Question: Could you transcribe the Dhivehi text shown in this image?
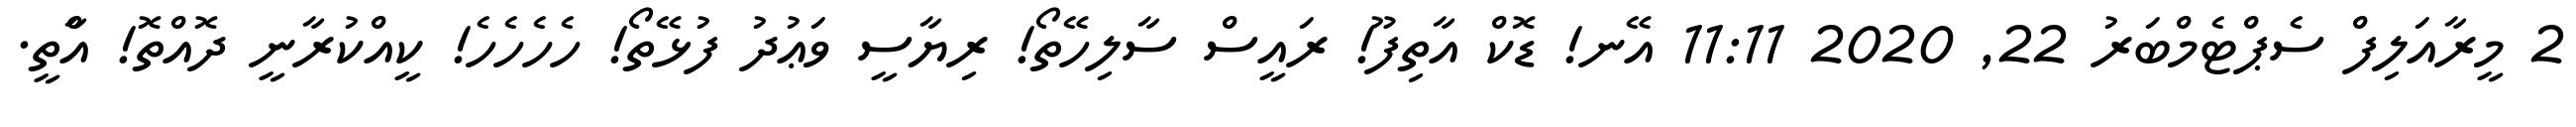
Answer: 2 މީރާއަލިފް ސެޕްޓެމްބަރު 22, 2020 11:11 އޭނ! ޑޮކް އާތިފޫ! ރައީސް ސާލިހޭތޯ! ރިޔާސީ ވަޢުދު ފުޅޭތޯ! ހެހެހެހެ! ކީއްކުރާނީ ދޮއްތޮ! އާްތީ.